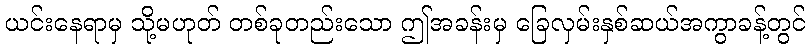
ယင်းနေရာမှ သို့မဟုတ် တစ်ခုတည်းသော ဤအခန်းမှ ခြေလှမ်းနှစ်ဆယ်အကွာခန့်တွင်